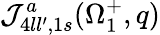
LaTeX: {\cal\mathcal{J}}_{4ll^{\prime},1s}^{a}(\Omega_{1}^{+},q)